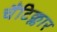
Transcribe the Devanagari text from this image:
चैंटिक्लार